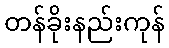
တန်ခိုးနည်းကုန်